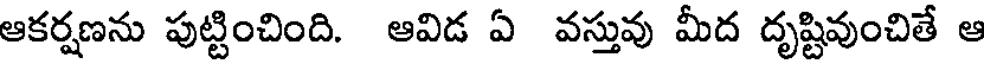
ఆకర్షణను పుట్టించింది. ఆవిడ ఏ వస్తువు మీద దృష్టివుంచితే ఆ